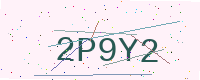
Text: 2P9Y2